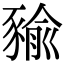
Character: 𧱬